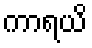
ကာရယိ